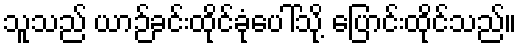
သူသည် ယာဉ်ခင်းထိုင်ခုံပေါ်သို့ ပြောင်းထိုင်သည်။